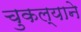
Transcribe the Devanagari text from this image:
चुकल्याने